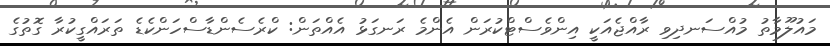
މައުލޫމާތު މުއްސަނދިވި ރާއްޖެއަކީ އިންވެސްޓްކުރަން އެންމެ ރަނގަޅު އެއްތަން: ކްރެސެންޑާސްހަންކެޑެ ތަރައްގީކުރާ ގޮތުގެ